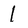
Character: 1